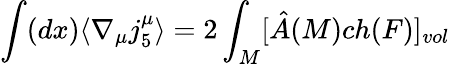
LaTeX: \int(dx)\langle\nabla_{\mu}j_{5}^{\mu}\rangle=2\int_{M}[\hat{A}(M)ch(F)]_{vol}